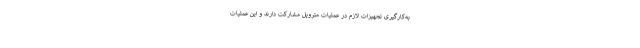
به‌کارگیری تجهیزات لازم در عملیات متروپل مشارکت دارند و این عملیات